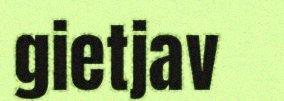
gietjav